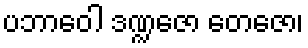
ပဘာဝေါ ဒဏ္ဍဇော တေဇော၊